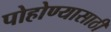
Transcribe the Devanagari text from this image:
पोहोण्यासाठी